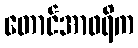
တောင်အာဖရိက